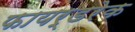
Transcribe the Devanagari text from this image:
फायर्डरेक